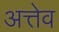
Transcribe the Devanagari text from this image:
अत्तेव